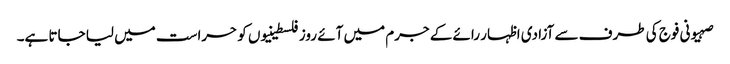
صہیونی فوج کی طرف سے آزادی اظہار رائے کے جرم میں آئے روز فلسطینیوں کو حراست میں لیا جاتا ہے۔